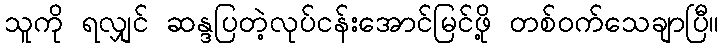
သူကို ရလျှင် ဆန္ဒပြတဲ့လုပ်ငန်းအောင်မြင်ဖို့ တစ်ဝက်သေချာပြီ။